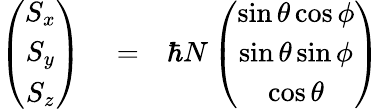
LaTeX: \begin{array}{rlr}{\left(\begin{array}{c}{S_{x}}\\ {S_{y}}\\ {S_{z}}\end{array}\right)}&{{}=}&{\hbar N\left(\begin{array}{c}{\sin\theta\cos\phi}\\ {\sin\theta\sin\phi}\\ {\cos\theta}\end{array}\right)}\end{array}